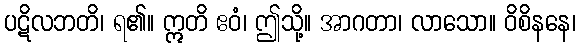
ပဋိလဘတိ၊ ရ၏။ ဣတိ ဧဝံ၊ ဤသို့။ အာဂတာ၊ လာသော။ ဝိစိနနေ၊